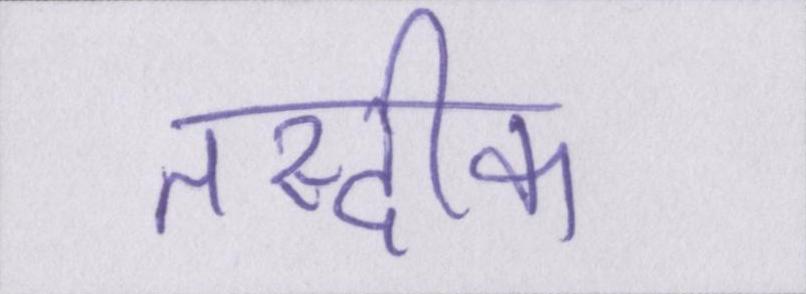
तस्दीक